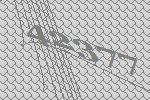
42377